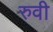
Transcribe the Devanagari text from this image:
रुवी